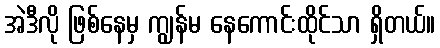
အဲဒီလို ဖြစ်နေမှ ကျွန်မ နေကောင်းထိုင်သာ ရှိတယ်။